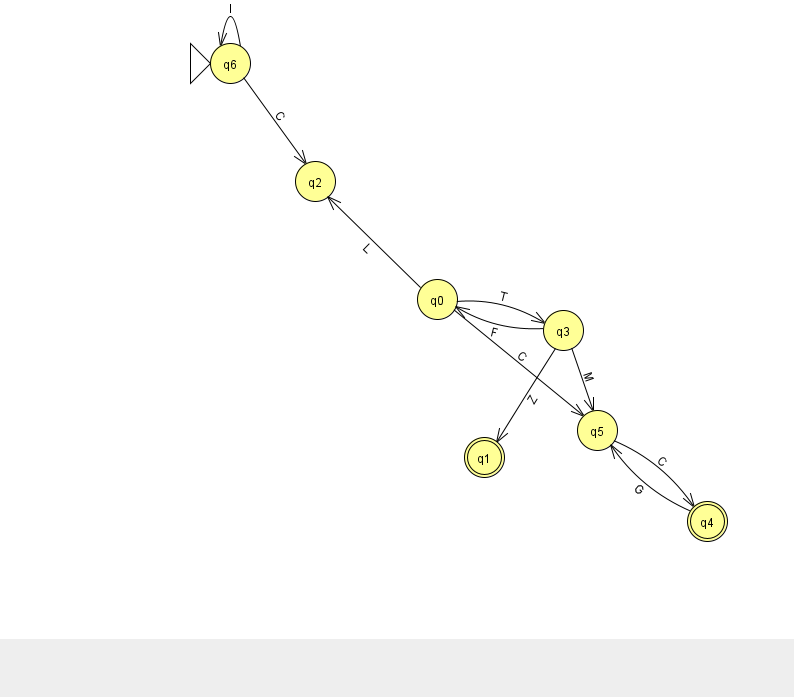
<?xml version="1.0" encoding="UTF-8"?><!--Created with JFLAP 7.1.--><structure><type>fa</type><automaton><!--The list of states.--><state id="0" name="q0"><x>437.0</x><y>286.0</y></state><state id="1" name="q1"><x>484.0</x><y>444.0</y><final/></state><state id="2" name="q2"><x>315.0</x><y>168.0</y></state><state id="3" name="q3"><x>563.0</x><y>317.0</y></state><state id="4" name="q4"><x>707.0</x><y>508.0</y><final/></state><state id="5" name="q5"><x>597.0</x><y>417.0</y></state><state id="6" name="q6"><x>230.0</x><y>50.0</y><initial/></state><!--The list of transitions.--><transition><from>6</from><to>2</to><read>C</read></transition><transition><from>4</from><to>5</to><read>G</read></transition><transition><from>0</from><to>3</to><read>T</read></transition><transition><from>0</from><to>5</to><read>C</read></transition><transition><from>3</from><to>0</to><read>F</read></transition><transition><from>5</from><to>4</to><read>C</read></transition><transition><from>3</from><to>5</to><read>M</read></transition><transition><from>6</from><to>6</to><read>l</read></transition><transition><from>3</from><to>1</to><read>Z</read></transition><transition><from>0</from><to>2</to><read>L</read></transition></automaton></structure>